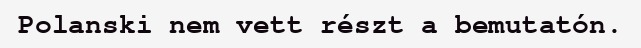
Polanski nem vett részt a bemutatón.